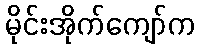
မိုင်းအိုက်ကျော်က